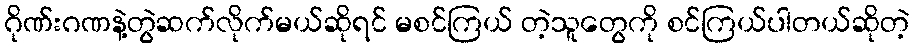
ဂိုဏ်းဂဏနဲ့တွဲဆက်လိုက်မယ်ဆိုရင် မစင်ကြယ် တဲ့သူတွေကို စင်ကြယ်ပါတယ်ဆိုတဲ့